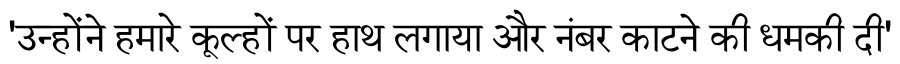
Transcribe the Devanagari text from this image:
'उन्होंने हमारे कूल्हों पर हाथ लगाया और नंबर काटने की धमकी दी'